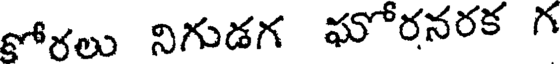
కోరలు నిగుడగ ఘోరనరక గ